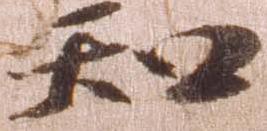
知